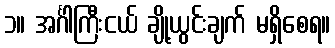
၁။ အင်္ဂါကြီးငယ် ချို့ယွင်းချက် မရှိစေရ။